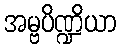
အမ္ဗပိဏ္ဍိယာ